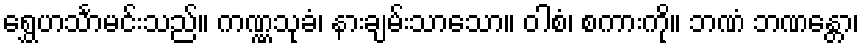
ရွှေဟင်္သာမင်းသည်။ ကဏ္ဏသုခံ၊ နားချမ်းသာသော။ ဝါစံ၊ စကားကို။ ဘဏံ ဘဏန္တော၊